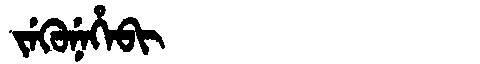
Manchu: ᠵᡝᡴᡠᠨᡝᡥᡝᠪᡳ
Romanization: JEKUNEHEBI